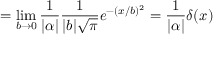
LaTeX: = \operatorname* { l i m } _ { b \to 0 } { \frac { 1 } { | \alpha | } } { \frac { 1 } { | b | { \sqrt { \pi } } } } e ^ { - ( x / b ) ^ { 2 } } = { \frac { 1 } { | \alpha | } } \delta ( x )